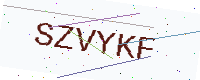
Text: SZVYKF